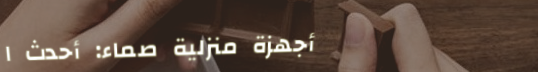
أجهزة منزلية صماء: أحدث ا